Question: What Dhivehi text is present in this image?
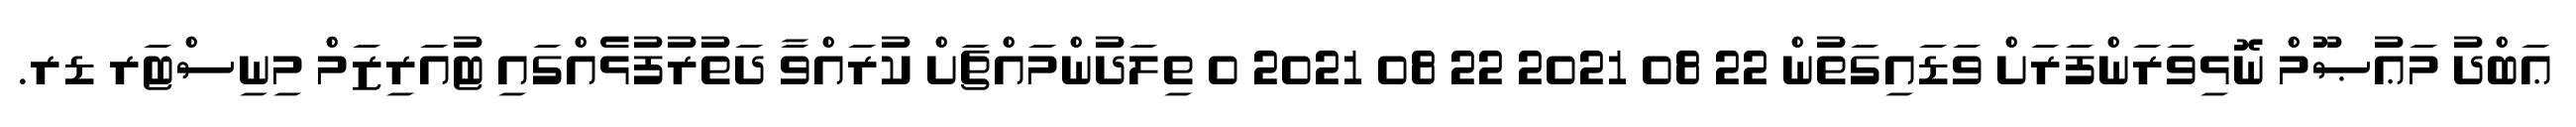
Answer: ޢަބްދު މަޢުޞޫމް ނޮޅިވަރަންފަރަށް ވަޑައިގަތުން 22 08 2021 22 08 2021 0 ތިލަދުންމައްޗަށް ކުރައްވާ ދަތުރުފުޅެއްގައި ޓުއަރިޒަމް މިނިސްޓަރ ޑރ.